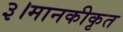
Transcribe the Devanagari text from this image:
३।मानकीकृत